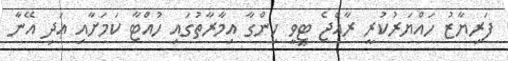
ފަރިޔާޒު ހައްޔަރުކުރީ ރާއްޖެ ޓީވީ ހިންގާ އިމާރާތުގައި ހުއްޓާ ކަމަށާއި އަދި އޭނާ